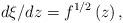
LaTeX: \begin{align*}d\xi /dz=f^{1/2}\left( z\right) , \end{align*}